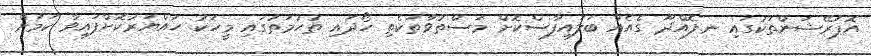
އޮޕަރޭޝަންތަކުގައި ނ.ފޮއްދޫ ގެއެއް ބަލައިފާސްކޮށް މަސްތުވާތަކެތި ހޯދައި ތުޙުމަތުގައި މީހަކު ހައްޔަރުކޮށްފައިވާ ކަމަށް